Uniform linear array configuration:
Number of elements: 24
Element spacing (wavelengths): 0.25
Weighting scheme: cosine
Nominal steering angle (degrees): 30
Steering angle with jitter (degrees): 29.571
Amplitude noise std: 0.05
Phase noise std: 0.05

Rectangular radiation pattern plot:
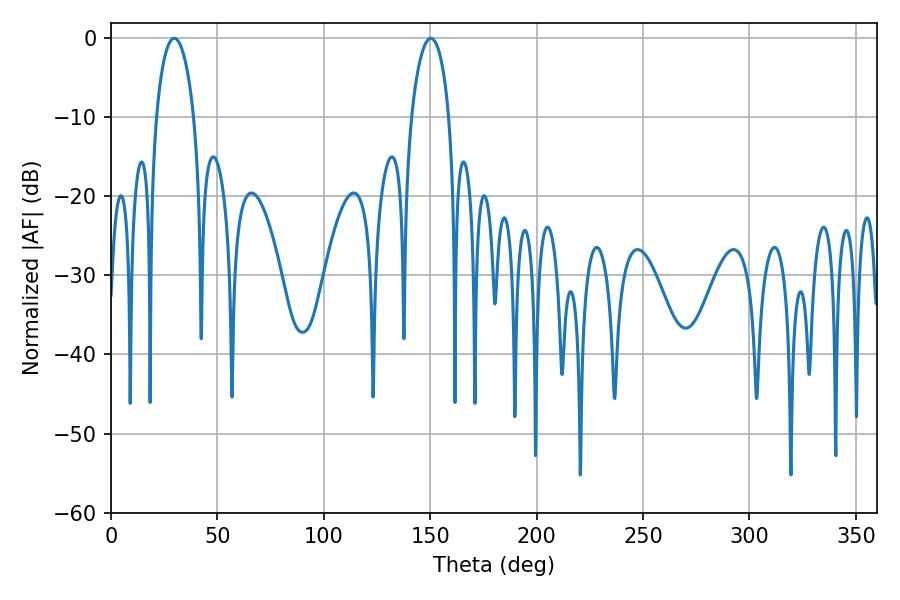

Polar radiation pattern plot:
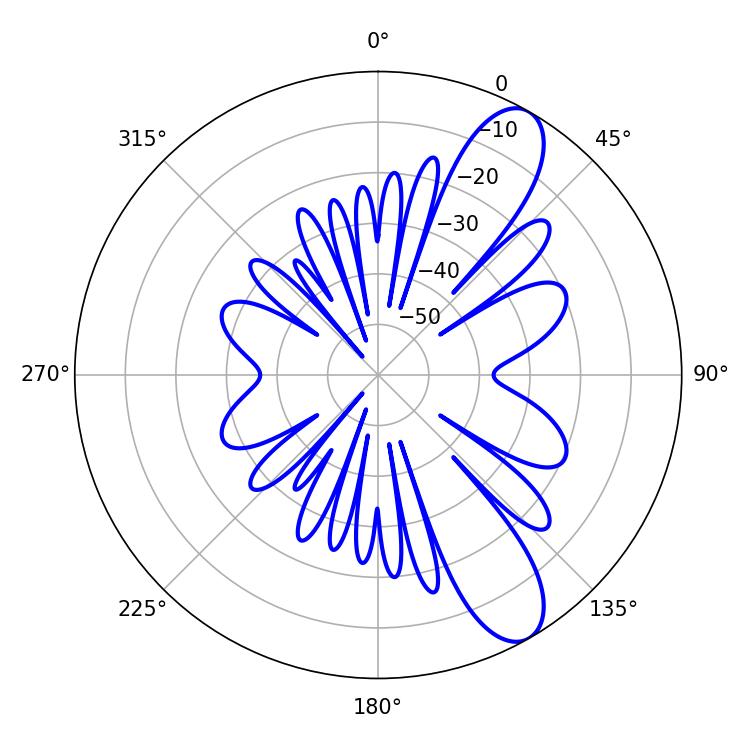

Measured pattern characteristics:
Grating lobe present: FALSE
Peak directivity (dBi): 10.168
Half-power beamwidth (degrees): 10.08
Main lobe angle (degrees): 29.7